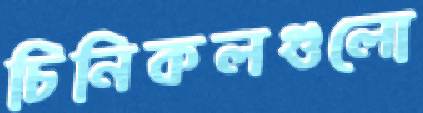
চিনিকলগুলো